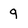
Character: q